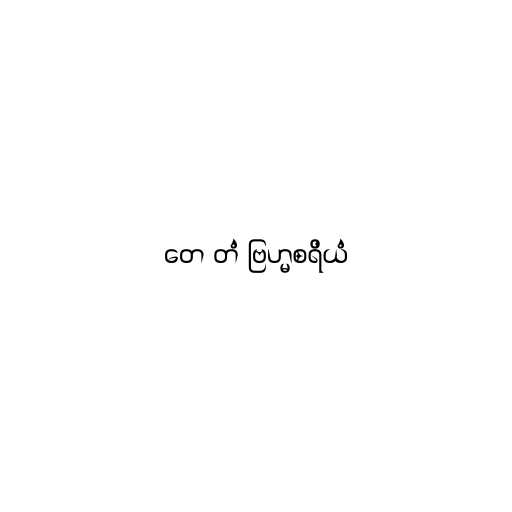
တေ တံ ဗြဟ္မစရိယံ